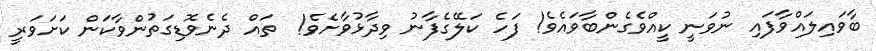
ބާވައިލައްވާފައި ނުވަނީ ކީއްވެގެންބާވައެވެ! ފަހެ ކަލޭގެފާނު ވިދާޅުވާށެވެ!  ތައް ދެނެވޮޑިގަތުންވާކަން ކަށަވަރީ